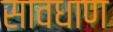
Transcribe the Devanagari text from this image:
सावधाण